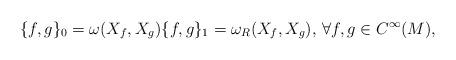
LaTeX: \begin{align*} \{f,g\}_0=\omega(X_f,X_g)\{f,g\}_1=\omega_R(X_f,X_g),\,\forall f,g\in C^{\infty}(M),\end{align*}